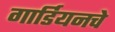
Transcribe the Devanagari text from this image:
गार्डियनचे